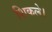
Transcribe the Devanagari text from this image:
शिकले।